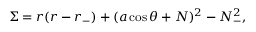
\Sigma = r ( r - r _ { - } ) + ( a \cos \theta + N ) ^ { 2 } - N _ { - } ^ { 2 } ,